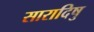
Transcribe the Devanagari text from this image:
सारादिषु